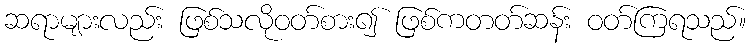
ဆရာများလည်း ဖြစ်သလိုဝတ်စား၍ ဖြစ်ကတတ်ဆန်း ဝတ်ကြရသည်။